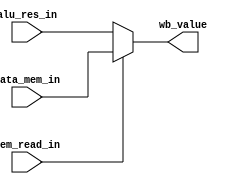
module WB_Stage (
	input mem_read_in,
	input [31:0] alu_res_in,
	input [31:0] data_mem_in,
	output [31:0] wb_value
);
	assign wb_value = mem_read_in ? data_mem_in : alu_res_in;
endmodule